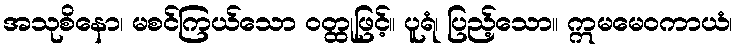
အသုစိနော၊ မစင်ကြယ်သော ဝတ္ထုဖြင့်။ ပူရံ၊ ပြည့်သော။ ဣမမေဝကာယံ၊